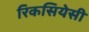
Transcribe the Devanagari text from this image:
रिकसियेसी